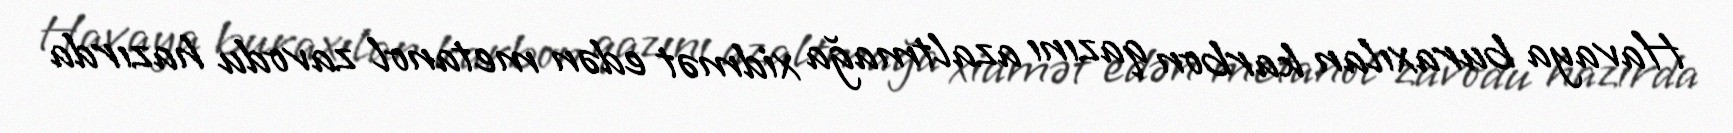
Havaya buraxılan karbon qazını azaltmağa xidmət edən metanol zavodu hazırda